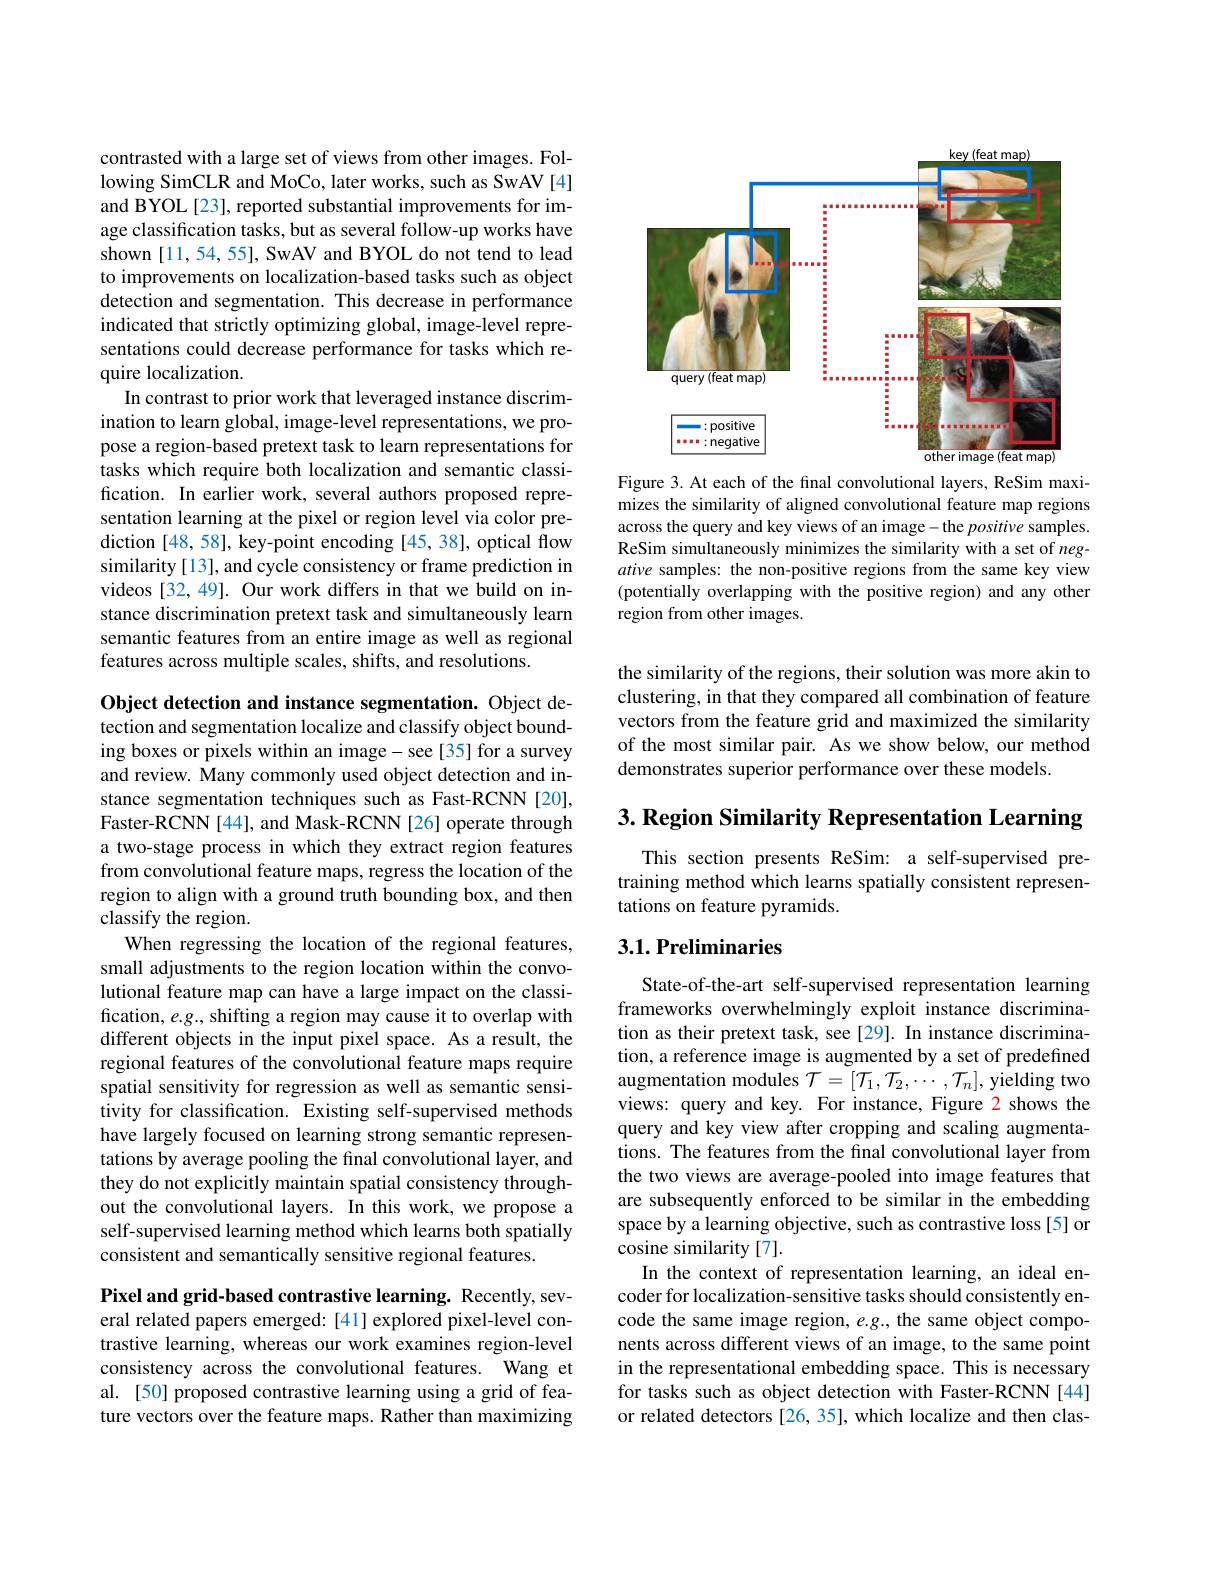
contrasted with a large set of views from other images. Following SimCLR and MoCo, later works, such as SwAV[4] and BYOL[23], reported substantial improvements for image classification tasks, but as several follow-up works have shown[11,54,55], SwAV and BYOL do not tend to lead to improvements on localization-based tasks such as object detection and segmentation. This decrease in performance indicated that strictly optimizing global, image-level representations could decrease performance for tasks which require localization.
In contrast to prior work that leveraged instance discrimination to learn global, image-level representations, we propose a region-based pretext task to learn representations for tasks which require both localization and semantic classification. In earlier work, several authors proposed representation learning at the pixel or region level via color prediction [48, 58], key-point encoding [45, 38], optical flow similarity [13], and cycle consistency or frame prediction in videos [32,49]. Our work differs in that we build on instance discrimination pretext task and simultaneously learn semantic features from an entire image as well as regional features across multiple scales, shifts, and resolutions.

Object detection and instance segmentation. Object detection and segmentation localize and classify object bounding boxes or pixels within an image- see[35] for a survey and review. Many commonly used object detection and instance segmentation techniques such as Fast-RCNN [20], Faster-RCNN[44], and Mask-RCNN[26] operate through a two-stage process in which they extract region features from convolutional feature maps, regress the location of the region to align with a ground truth bounding box, and then classify the region.
When regressing the location of the regional features, small adjustments to the region location within the convolutional feature map can have a large impact on the classification, e.g., shifting a region may cause it to overlap with different objects in the input pixel space. As a result, the regional features of the convolutional feature maps require spatial sensitivity for regression as well as semantic sensitivity for classification. Existing self-supervised methods have largely focused on learning strong semantic representations by average pooling the final convolutional layer, and they do not explicitly maintain spatial consistency throughout the convolutional layers. In this work, we propose a self-supervised learning method which learns both spatially consistent and semantically sensitive regional features.

Pixel and grid-based contrastive learning. Recently, sev-

eral related papers emerged: [41] explored pixel-level contrastive learning, whereas our work examines region-level consistency across the convolutional features. Wang et al. [50] proposed contrastive learning using a grid of feature vectors over the feature maps. Rather than maximizing

<FigureHere>

Figure 3. At each of the final convolutional layers, ReSim maximizes the similarity of aligned convolutional feature map regions across the query and key views of an image-the positive samples. ReSim simultaneously minimizes the similarity with a set of $neg-$ ative samples: the non-positive regions from the same key view (potentially overlapping with the positive region) and any other region from other images.

the similarity of the regions, their solution was more akin to clustering, in that they compared all combination of feature vectors from the feature grid and maximized the similarity of the most similar pair. As we show below, our method demonstrates superior performance over these models.

3. Region Similarity Representation Learning

This section presents ReSim: a self-supervised pretraining method which learns spatially consistent representations on feature pyramids.

## 3.1. Preliminaries

State-of-the-art self-supervised representation learning frameworks overwhelmingly exploit instance discrimination as their pretext task, see [29]. In instance discrimination, a reference image is augmented by a set of predefined augmentation modules $\mathcal{T}=[\mathcal{T}_1,\mathcal{T}_2,\cdots,\mathcal{T}_n]$, yielding two views: query and key. For instance, Figure 2 shows the query and key view after cropping and scaling augmentations. The features from the final convolutional layer from the two views are average-pooled into image features that are subsequently enforced to be similar in the embedding space by a learning objective, such as contrastive loss [5] or cosine similarity [ 7] .
In the context of representation learning, an ideal encoder for localization-sensitive tasks should consistently encode the same image region, $e.g.$, the same object components across different views of an image, to the same point in the representational embedding space. This is necessary for tasks such as object detection with Faster-RCNN [44] or related detectors [26,35], which localize and then clas-